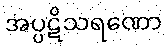
အပ္ပဋိသရဏော